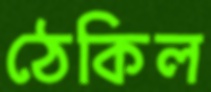
ঠেকিল